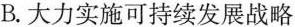
B.大力实施可持续发展战略